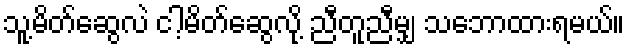
သူ့မိတ်ဆွေလဲ ငါ့မိတ်ဆွေလို့ ညီတူညီမျှ သဘောထားရမယ်။